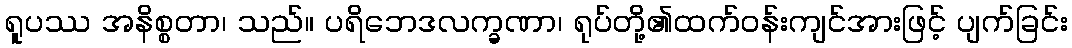
ရူပဿ အနိစ္စတာ၊ သည်။ ပရိဘေဒလက္ခဏာ၊ ရုပ်တို့၏ထက်ဝန်းကျင်အားဖြင့် ပျက်ခြင်း